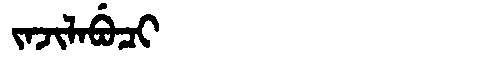
Manchu: ᠵᠠᠵᡳᠯᠠᠪᡠᠴᡳ
Romanization: JAJILABUCI